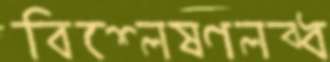
বিশ্লেষণলব্ধ